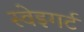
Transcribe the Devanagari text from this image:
स्वेइगर्ट